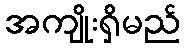
အကျိုးရှိမည်